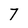
Character: 7